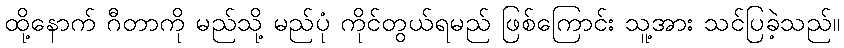
ထို့နောက် ဂီတာကို မည်သို့ မည်ပုံ ကိုင်တွယ်ရမည် ဖြစ်ကြောင်း သူ့အား သင်ပြခဲ့သည်။